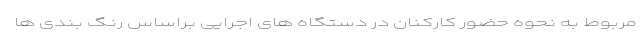
مربوط به نحوه حضور کارکنان در دستگاه های اجرایی براساس رنگ بندی ها